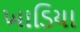
ખાડિયા